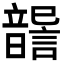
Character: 𩐶